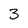
Character: 3